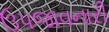
ઉપજાવનારી